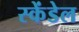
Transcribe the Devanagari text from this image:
स्केंडेल